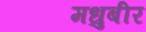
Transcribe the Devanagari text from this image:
मधुबीर